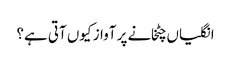
انگلیاں چٹخانے پر آواز کیوں آتی ہے؟